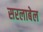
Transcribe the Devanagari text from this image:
सरलाबेल